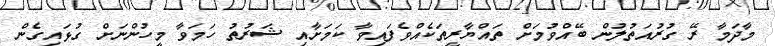
މާދަމާ ރޭ ގުރުއަތުލުން ބޭއްވުމަށް ތައްޔާރީތަކެއްވެފައިވާ ކަމަށާއި ޝަރުތު ހަމަވާ މީހުންނަށް ގުޅައިގެން